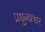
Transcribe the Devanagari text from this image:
प्रद्युम्नेश्वर